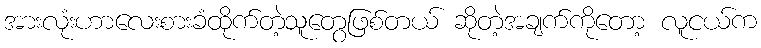
အားလုံးဟာလေးစားခံထိုက်တဲ့သူတွေဖြစ်တယ် ဆိုတဲ့အချက်ကိုတော့ လူငယ်က